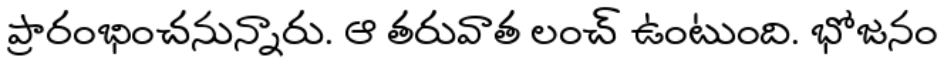
ప్రారంభించనున్నారు. ఆ తరువాత లంచ్ ఉంటుంది. భోజనం